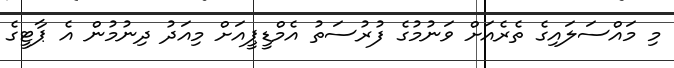
މި މައްސަލައިގެ ތެރެއަށް ވަނުމުގެ ފުރުސަތު އެމްޑީޕީއަށް މިއަދު ދިނުމުން އެ ޕާޓީގެ